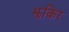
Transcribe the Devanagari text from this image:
झकिर